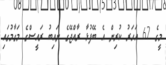
މީގެ 62 އަހަރު ކުރިން އެ ބޭފުޅާ ރާއްޖޭގެ ނައިބު ރައީސްގެ މަގާމުގައި